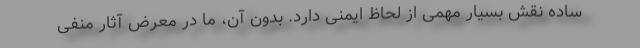
ساده نقش بسیار مهمی از لحاظ ایمنی دارد. بدون آن، ما در معرض آثار منفی